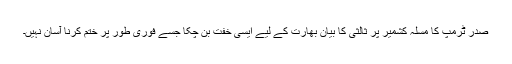
صدر ٹرمپ کا مسلہ کشمیر پر ثالثی کا بیان بھارت کے لیے ایسی خفت بن چکا جسے فوری طور پر ختم کرنا آسان نہیں۔